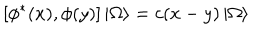
LaTeX: \left[ \phi ^ { \ast } ( x ) , \phi ( y ) \right] \left| \Omega \right\rangle = c ( x - y ) \left| \Omega \right\rangle